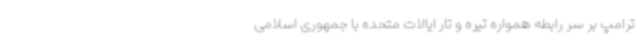
ترامپ بر سر رابطه همواره تیره و تار ایالات متحده با جمهوری اسلامی